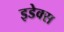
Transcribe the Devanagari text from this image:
इडेक्स